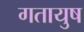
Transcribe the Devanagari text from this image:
गतायुष